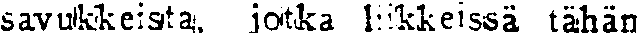
savukkeista, jotka 1iikkeissä tähän